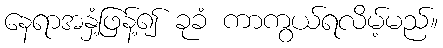
နေရာအနှံ့ဖြန့်၍ ခုခံ ကာကွယ်ရလိမ့်မည်။